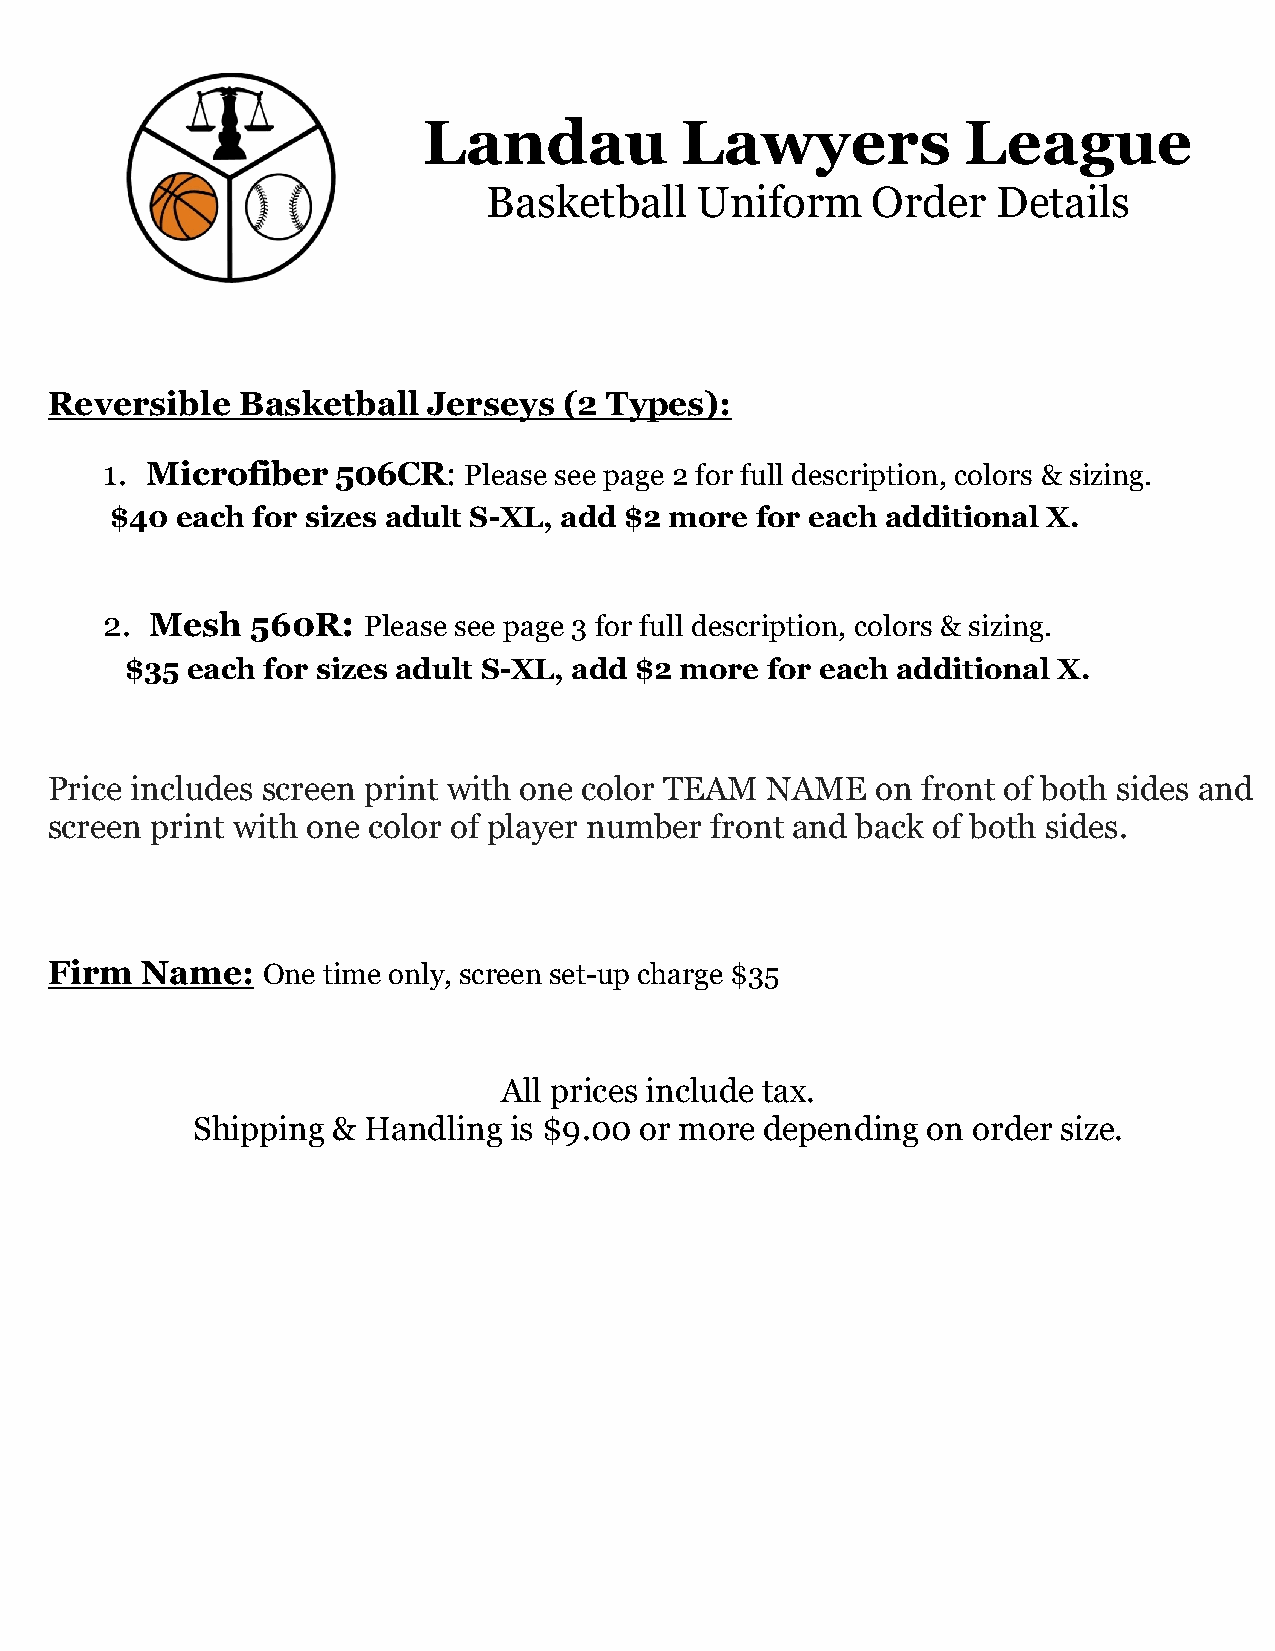
Landau           Lawyers            League
 Basketball    Uniform     Order   Details
 Reversible   Basketball  Jerseys  (2 Types):
 1. Microfiber  506CR:   Please see page 2 for full description, colors & sizing.
 $40  each for sizes adult S-XL, add $2 more for each additional X.
 2. Mesh   560R:  Please see page 3 for full description, colors & sizing.
 $35 each for sizes adult S-XL, add $2 more for each additional X.
 Price includes screen print with one color TEAM NAME   on front of both sides and
 screen print with one color of player number front and back of both sides.
 Firm  Name:   One time only, screen set-up charge $35
 All prices include tax.
 Shipping & Handling  is $9.00 or more depending on order size.